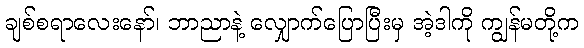
ချစ်စရာလေးနော်၊ ဘာညာနဲ့ လျှောက်ပြောပြီးမှ အဲ့ဒါကို ကျွန်မတို့က